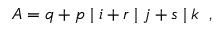
{ \cal A } = q + p \; \vert \; i + r \; \vert \; j + s \; \vert \; k \; \; ,